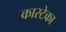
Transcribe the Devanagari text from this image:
कारटेका